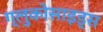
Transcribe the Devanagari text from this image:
ग्लुकोसाइड्‌स